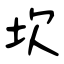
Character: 坎